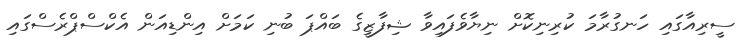
ސީރިއާގައި ހަނގުރާމަ ކުރިނިކޮށް ނިޔާވެފައިވާ ޝިފާޒީގެ ބައްޕަ ބުނި ކަމަށް އިންޑިއަން އެކްސްޕްރެސްގައި